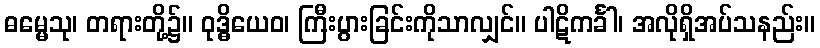
ဓမ္မေသု၊ တရားတို့၌။ ဝုဒ္ဓိယေဝ၊ ကြီးပွားခြင်းကိုသာလျှင်။ ပါဋိကင်္ခါ၊ အလိုရှိအပ်သနည်း။